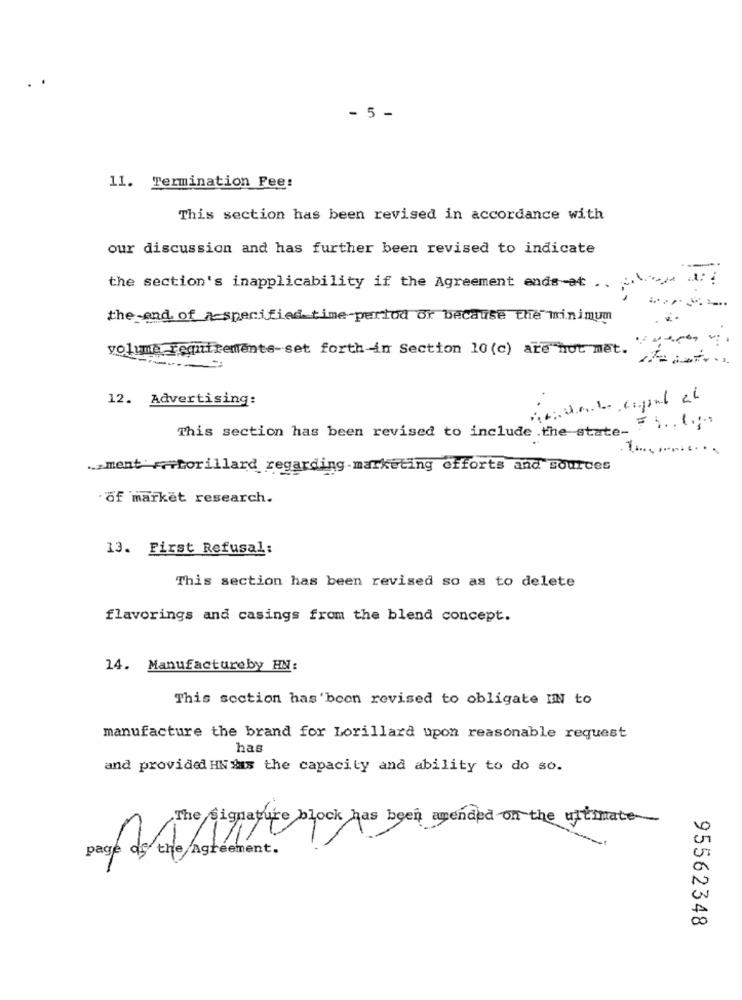
- 5 -
11. Termination Fee:
This section has been revised in accordance with
our discussion and has further been revised to indicate
the section's inapplicability if the Agreement endsat .. ama:
the end of a specified time-period or because the minimum
...
volume requirements-set forth-in Section 10 (c) are not met. ......
12. Advertising:
This section has been revised to include the state- 7 ) .. ( .;
. 1 ............
.. ment' F++torillard regarding marketing efforts and sourdes
· of market research.
13. First Refusal:
This section has been revised so as to delete
flavorings and casings from the blend concept.
14. Manufactureby HM:
This section has'been revised to obligate IIN to
manufacture the brand for Lorillard upon reasonable request
has
and provided HNdas the capacity and ability to do so.
The signature block has been amended on the ultimate-
page de the Agreement.
11
95562348